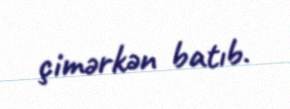
çimərkən batıb.